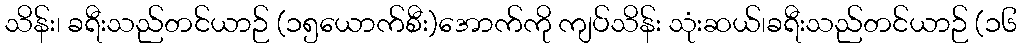
သိန်း၊ ခရီးသည်တင်ယာဉ် (၁၅ယောက်စီး)အောက်ကို ကျပ်သိန်း သုံးဆယ်၊ခရီးသည်တင်ယာဉ် (၁၆